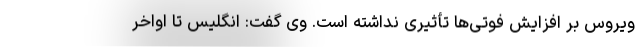
ویروس بر افزایش فوتی‌‌ها تأثیری نداشته است. وی گفت: انگلیس تا اواخر